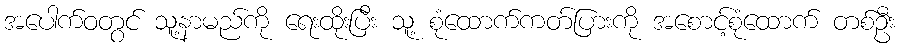
အပေါက်ဝတွင် သူ့နာမည်ကို ရေးထိုးပြီး သူ့ စုံထောက်ကတ်ပြားကို အစောင့်စုံထောက် တစ်ဦး